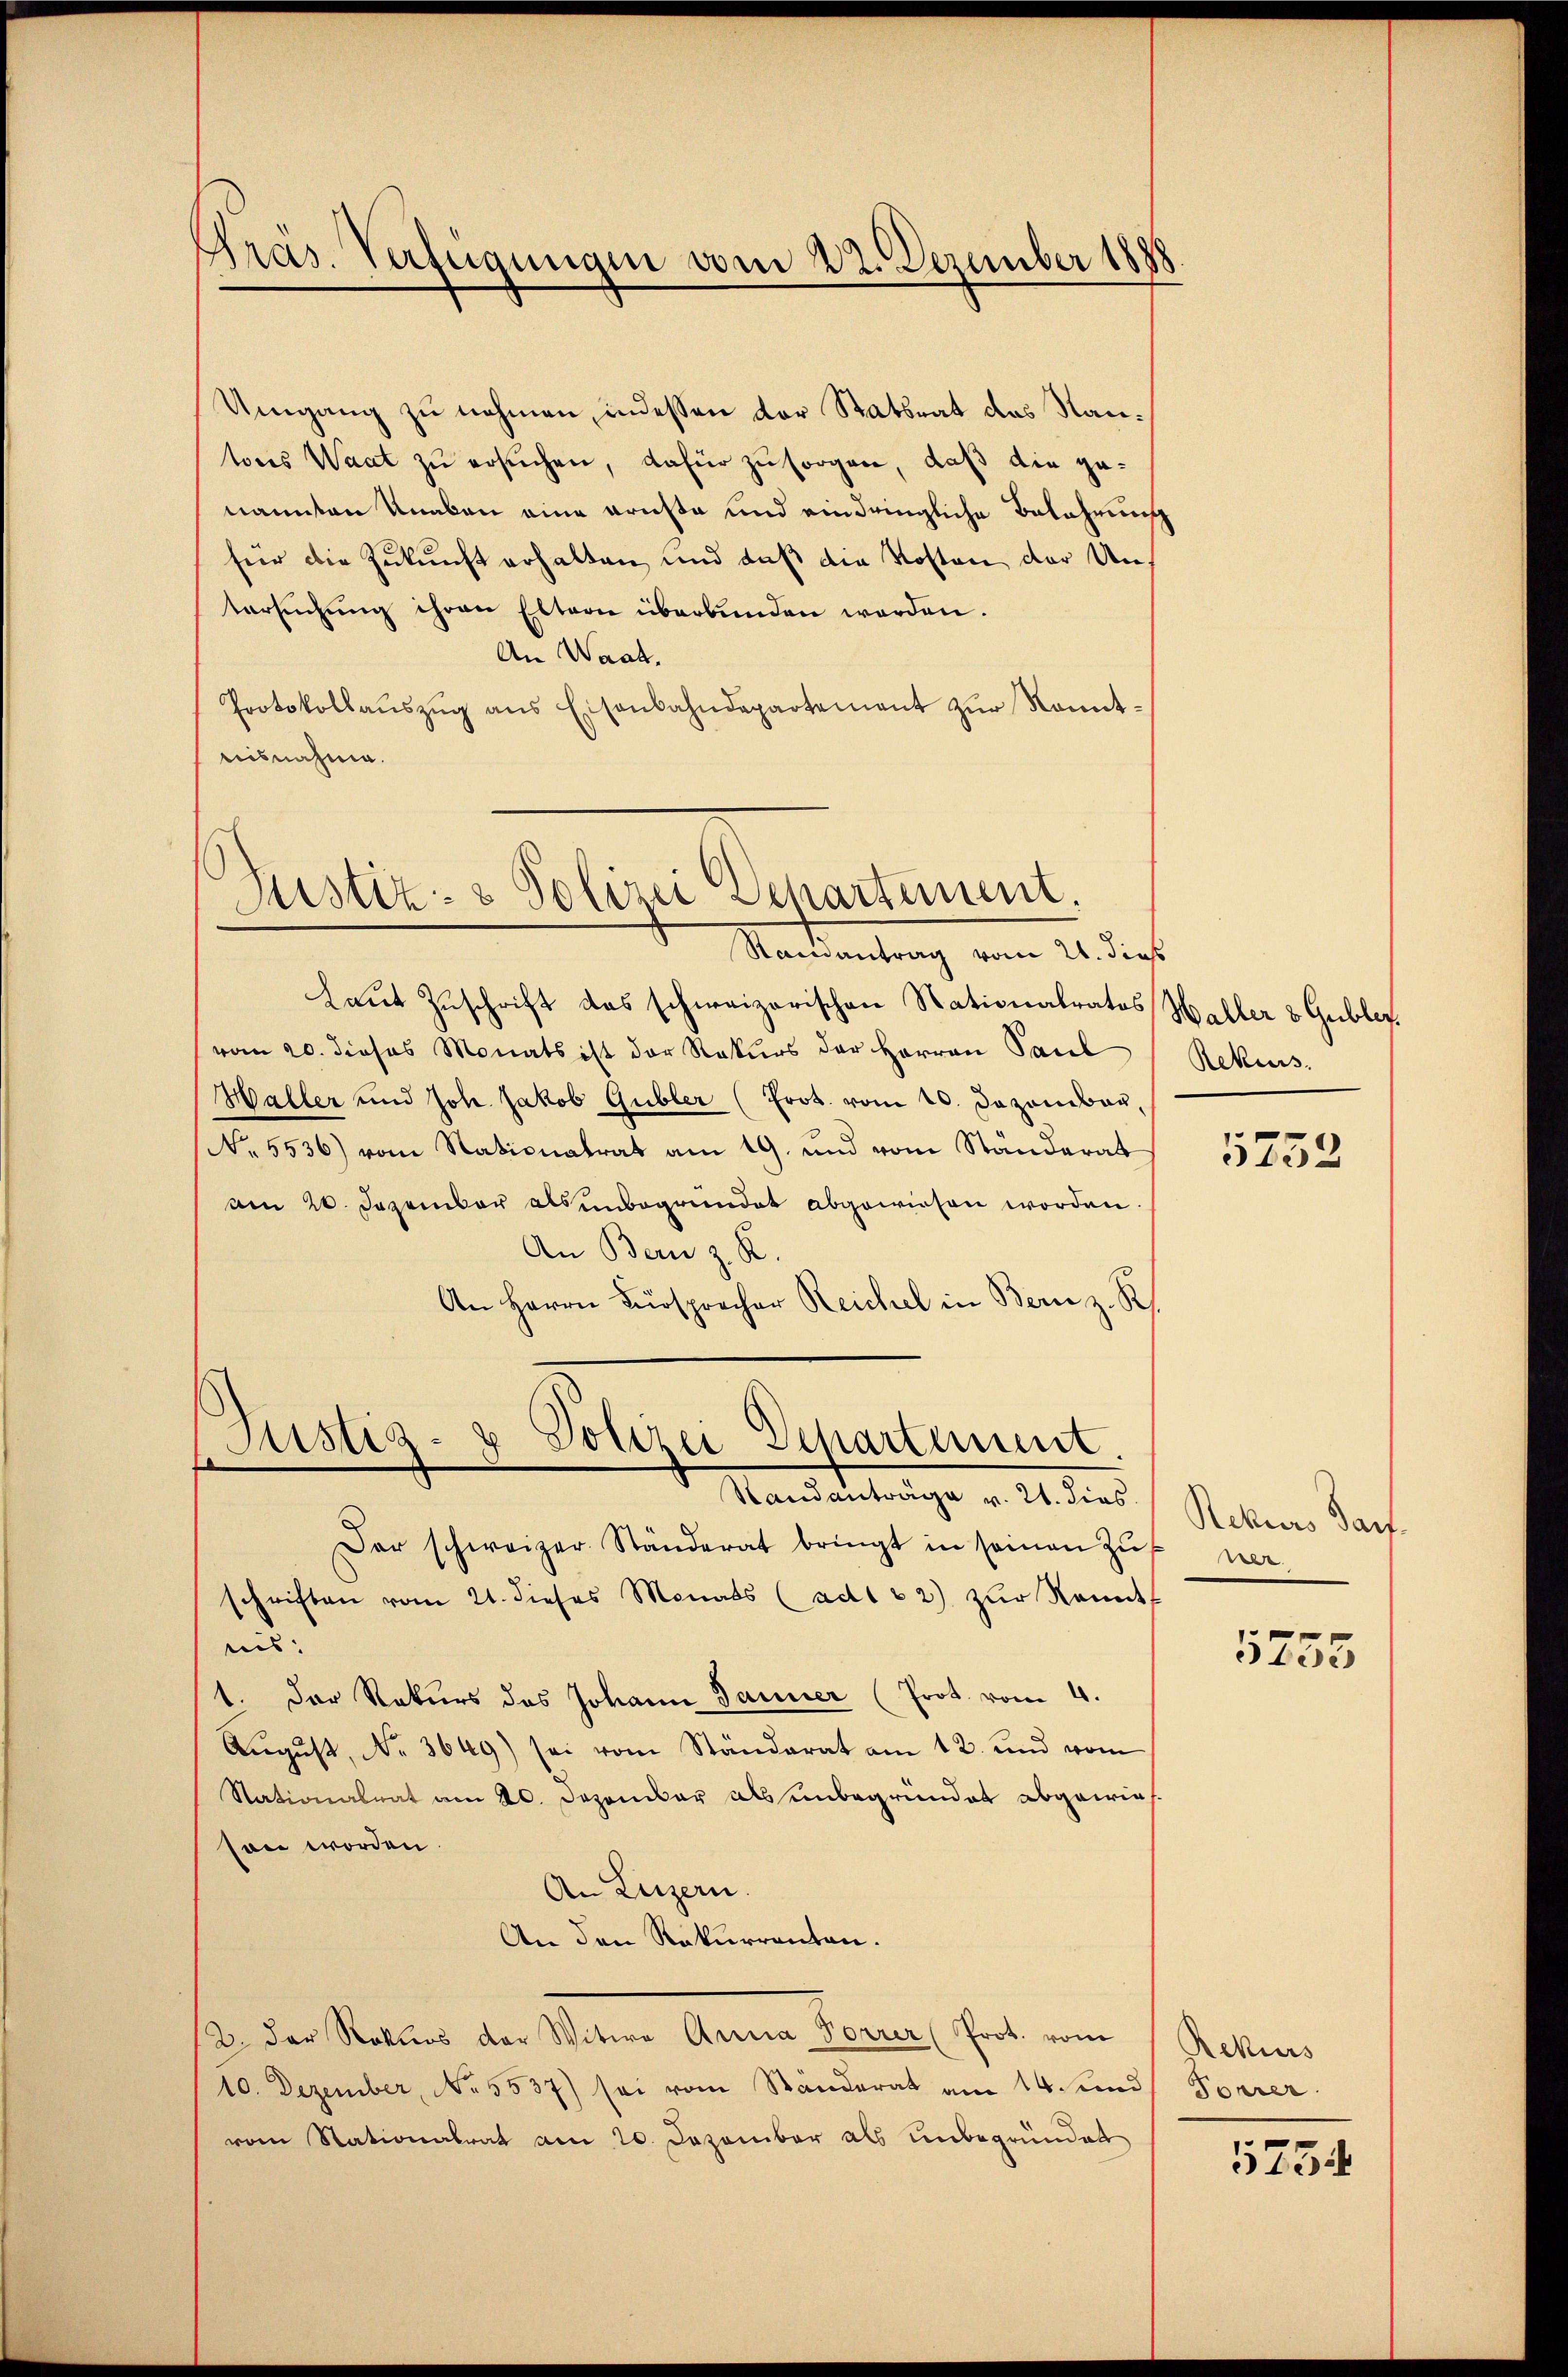
Umgang zu nehmen, indessen der Statsrat des Nantoris Waat zu ersuchen, dafür zu sorgen, daß die genannten Knaben eine Brüste und eindringliche Belahrung
für die Zukunft erhalten, und daß die Kosten der Untersŭchŭng ihren Eltern überbunden werden.
An Waat.
Protokollaŭszŭg ans Eisenbahndepartement zŭr Konnt-
nisnahme.

Präs. Verfügungen vom 22. Dezember 1888.

Justiz- & Polizei Departement.

Randantrag vom 21. dies
Laut Zuschrift das schweizerischen Stationalratos Haller & Gubler.
vom 20. dieses Monats ist der Rekurs der Herren Paul
Haller und Joh. Jakob Gubler (Prot. vom 20. Dezember,
No 5536) vom Nationalrat am 19. und vom Standerat
am 20. Dezember als unbegründet abgewiesen worden
An Bern z. R.
An Herrn Fürsprocher Reichel in Bern z. R

Justiz- & Polizei Departement.
Handanträge v. 21. dies
Der schweizer Ständerat bringt in seinen Zŭ

Rekurs.

schriften vom 21. dieses Monats (ad1 32) zŭr Nemt
und¬
1. Der Rekurs des Johann Janner (Prot. vom 4.
Aŭgŭst No. 3649) sei vom Ständerat am 12. und vom
Stationalrat am 20. Dezember als unbegründet abgewiesson worden.
An Luzern.
An den Rekurrenten.
(2. Der Rekurs der Witwe Anna Vorrer (Prot. vom Rekurs
10. Dezember, No 5537) sei vom Ständerat am 14. und Forrer
vom Stationalrat am 20. Dezember als unbegründet

5752

Rekurs darf.
ner
5753

5754